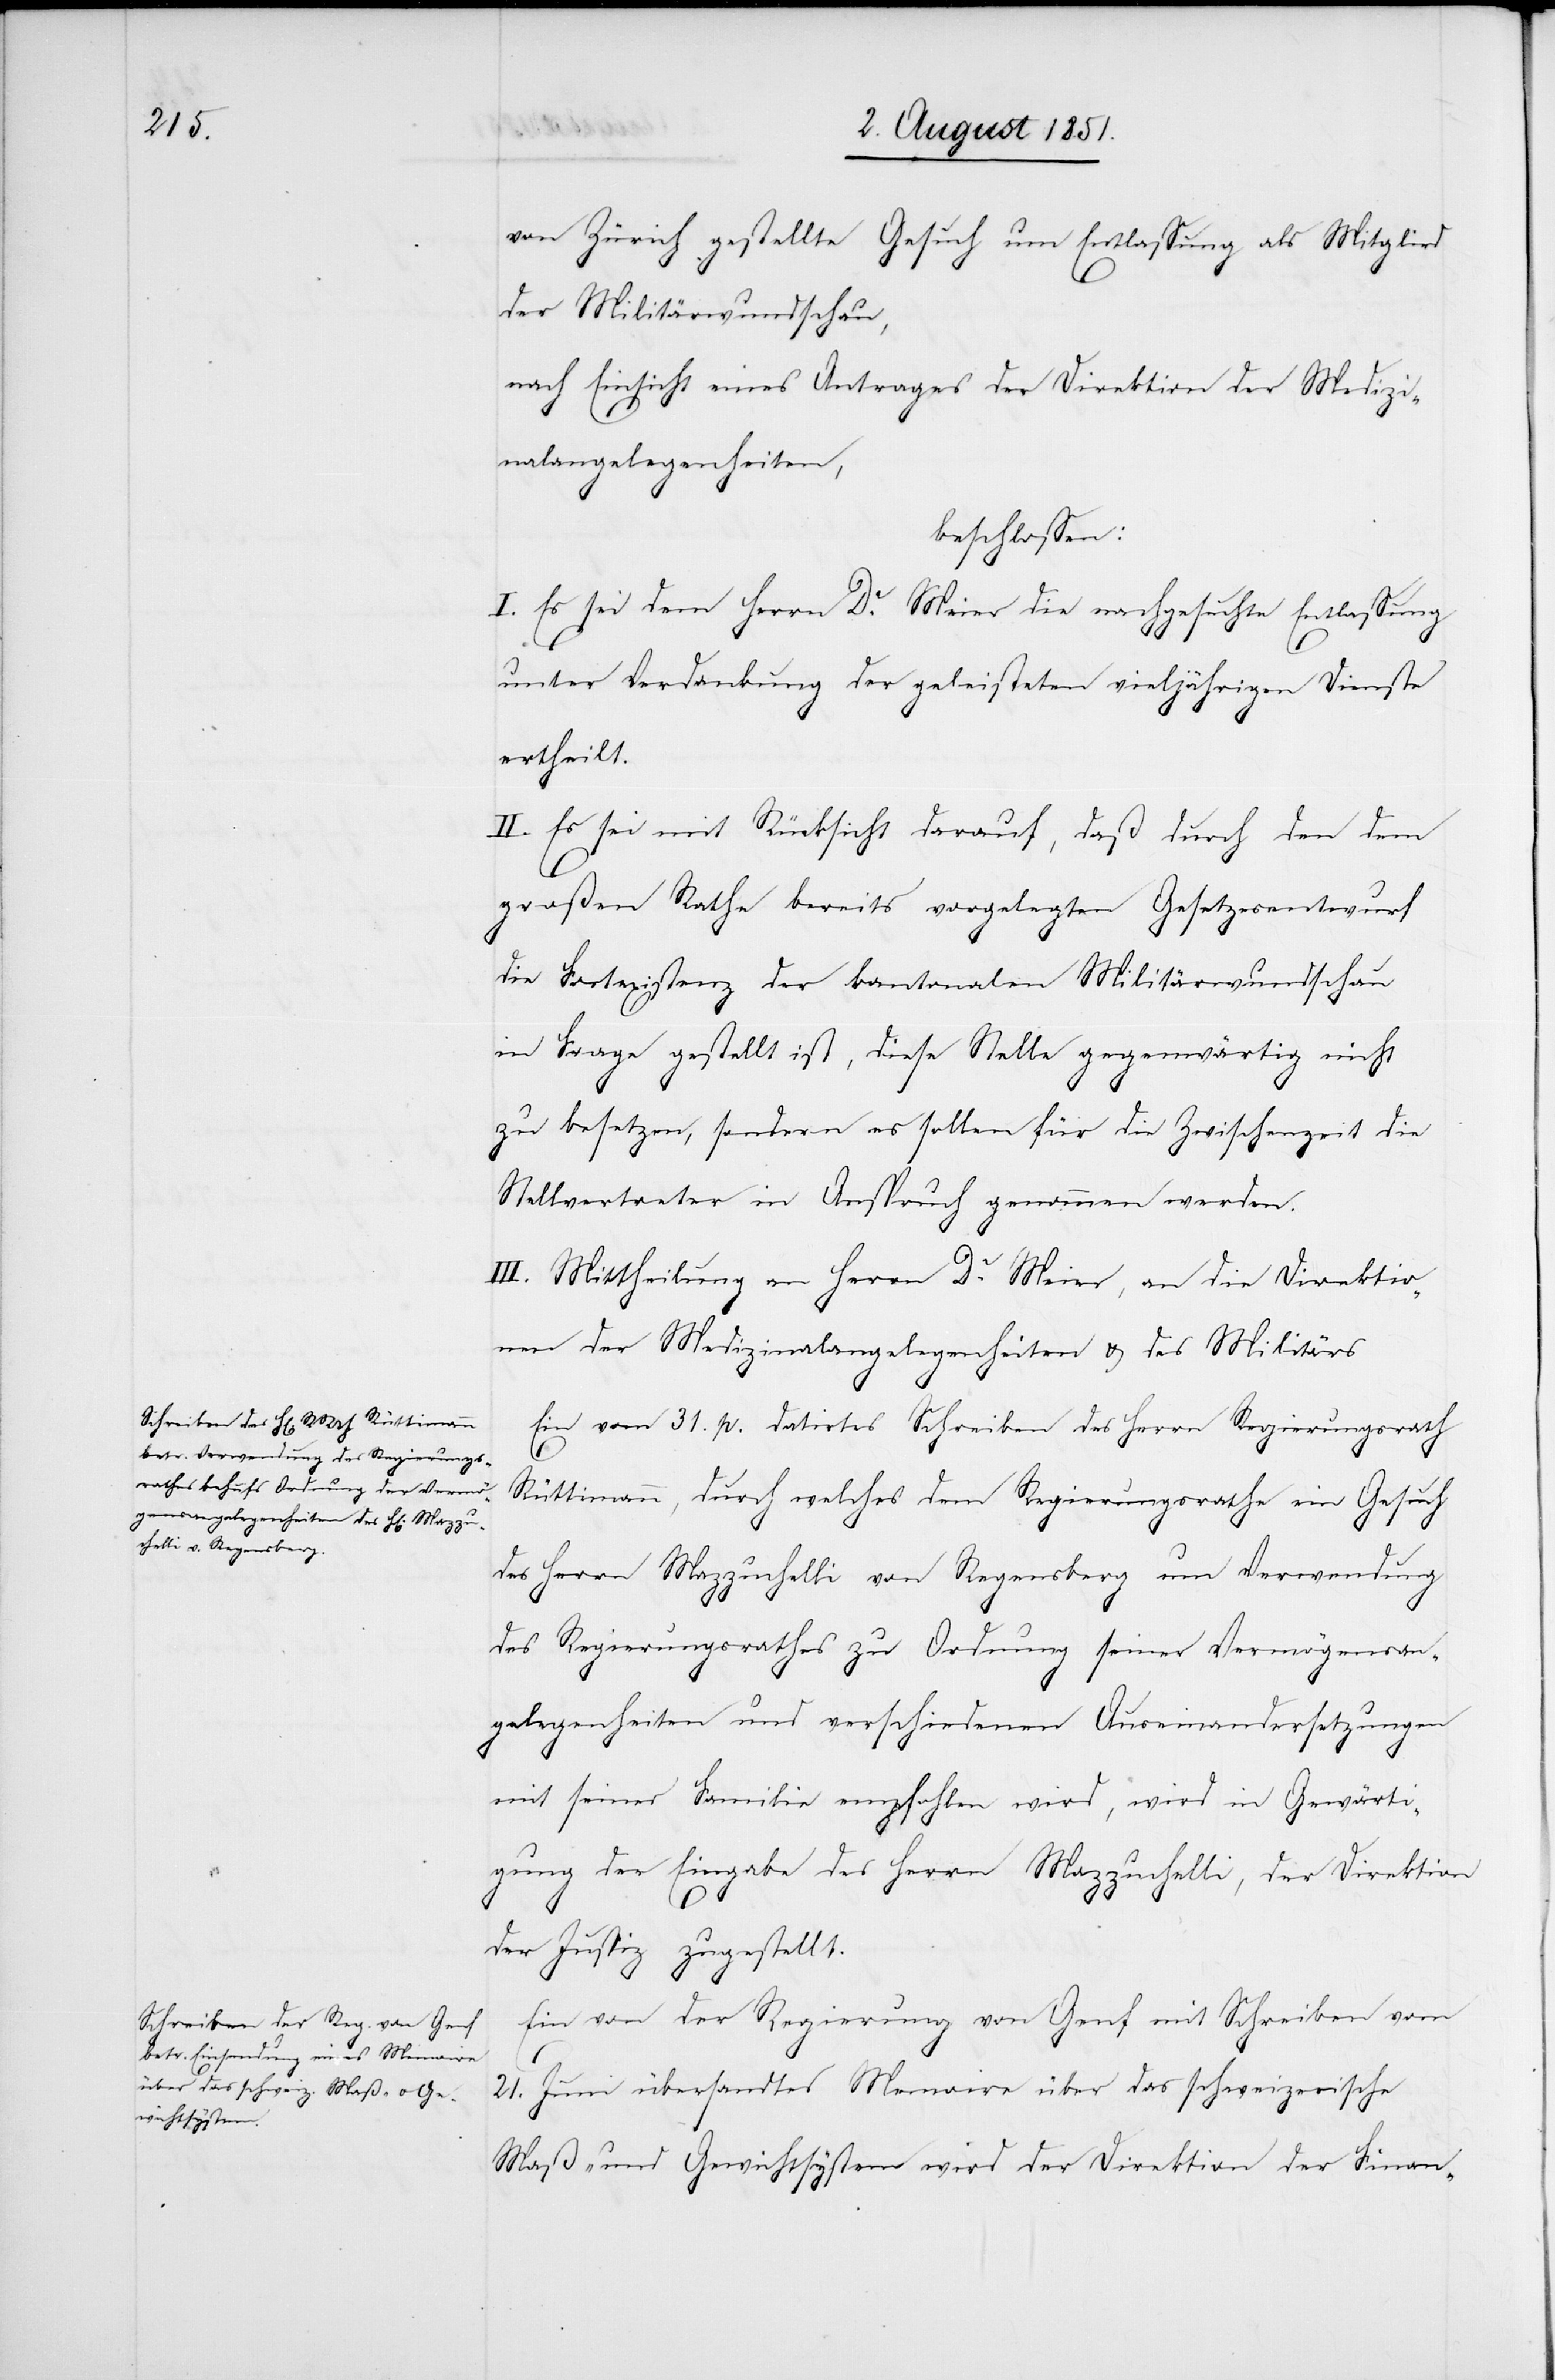
von Zürich gestellte Gesuch um Entlassung als Mitglied
der Militärwundschau,
nach Einsicht eines Antrages der Direktion der Medizi¬
nalangelegenheiten,
beschlossen:
I. Es sei dem Herrn Dr. Meier die nachgesuchte Entlassung
unter Verdankung der geleisteten vieljährigen Dienste
ertheilt.
II. Es sei mit Rücksicht darauf, daß durch den dem
großen Rathe bereits vorgelegten Gesetzesentwurf
die Fortexistenz der kantonalen Militärwundschau
in Frage gestellt ist, diese Stelle gegenwärtig nicht
zu besetzen, sondern es sollen für die Zwischenzeit die
Stellvertreter in Anspruch genommen werden.
III. Mittheilung an Herrn Dr. Meier, an die Direktio¬
nen der Medizinalangelegenheiten & des Militärs[.]
Ein vom 31. p. datirtes Schreiben des Herrn Regierungsrath
Rüttimann, durch welches dem Regierungsrathe ein Gesuch
des Herrn Mazzuchelli von Regensberg um Verwendung
des Regierungsrathes zu Ordnung seiner Vermögensan¬
gelegenheiten und verschiedenen Auseinandersetzungen
mit seiner Familie empfohlen wird, wird in Gewärti¬
gung der Eingabe des Herrn Mazzuchelli, der Direktion
der Justiz zugestellt.
Ein von der Regierung von Genf mit Schreiben vom
21. Juni übersandtes Memoire über das schweizerische
Maß- und Gewichtsystem wird der Direktion der Finan-